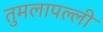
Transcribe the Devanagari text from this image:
तुमलापल्ली